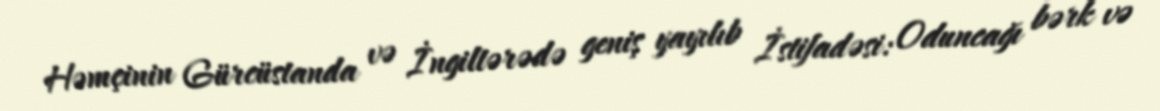
Həmçinin Gürcüstanda və İngiltərədə geniş yayılıb İstifadəsi: Oduncağı bərk və